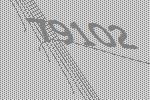
79102